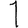
Digit: 1